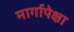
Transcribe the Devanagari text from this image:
मार्गापेक्षा